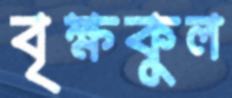
বৃক্ষকুল